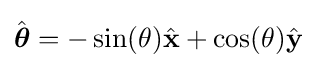
{\hat {\boldsymbol {\theta }}}=-\sin(\theta ){\hat {\mathbf {x} }}+\cos(\theta ){\hat {\mathbf {y} }}